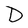
Character: D